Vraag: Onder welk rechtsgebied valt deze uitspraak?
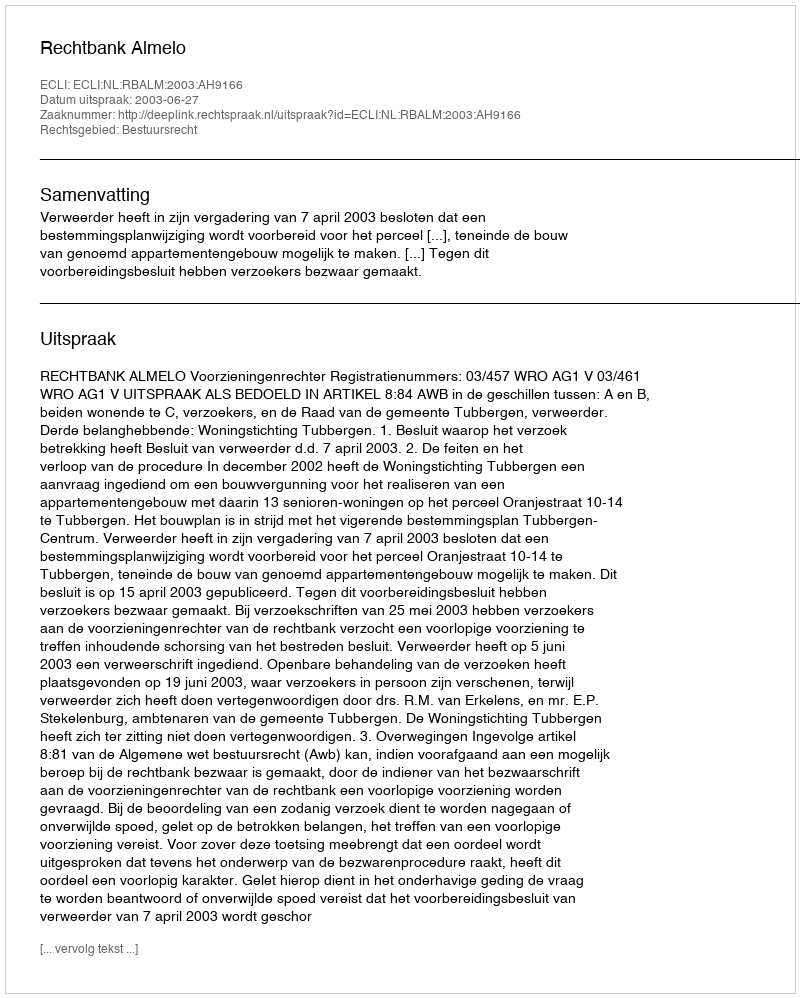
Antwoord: Bestuursrecht